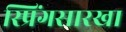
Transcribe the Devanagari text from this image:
स्प्रिंगसारखा